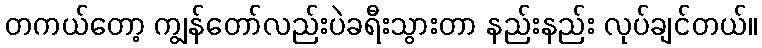
တကယ်တော့ ကျွန်တော်လည်းပဲခရီးသွားတာ နည်းနည်း လုပ်ချင်တယ်။